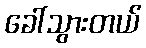
ခေါ်သွားတယ်